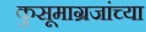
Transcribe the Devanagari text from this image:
कुसूमाग्रजांच्‍या